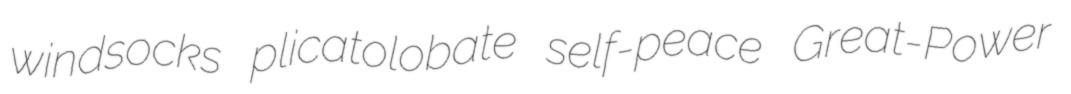
windsocks plicatolobate self-peace Great-Power